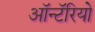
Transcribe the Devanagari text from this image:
ऑन्टॅरियो